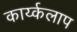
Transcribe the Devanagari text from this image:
कार्य्कलाप